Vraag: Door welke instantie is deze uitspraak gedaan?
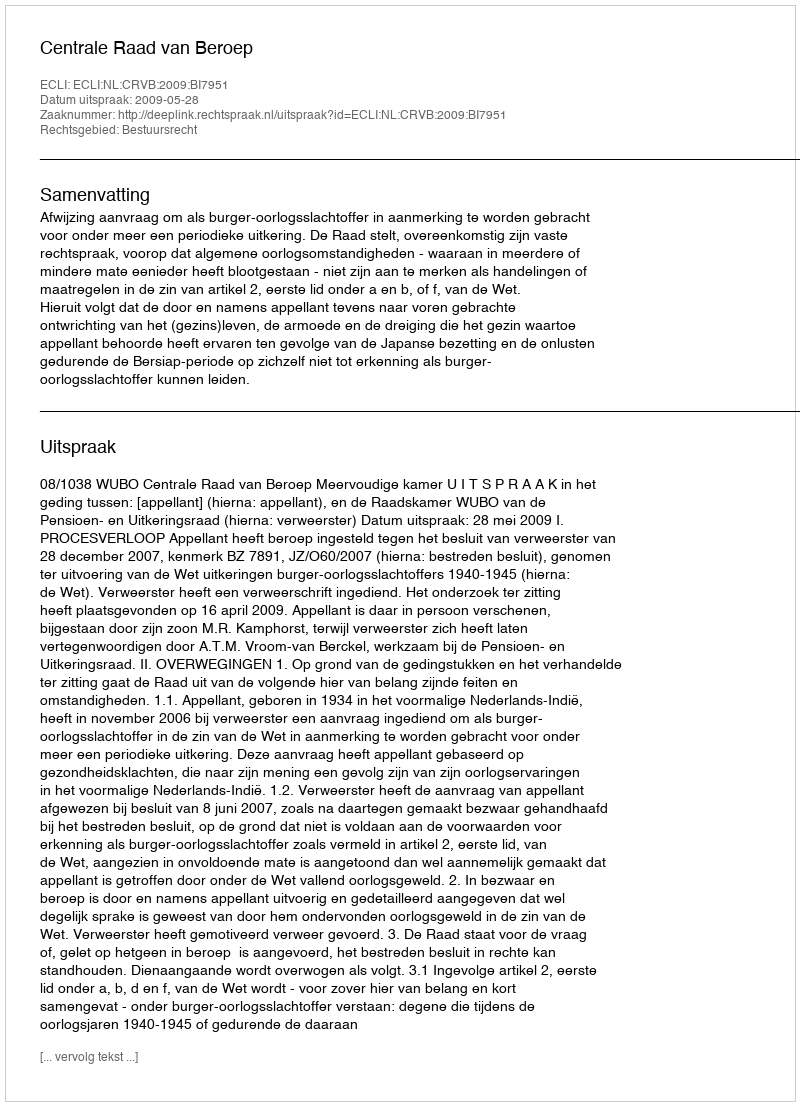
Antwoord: Centrale Raad van Beroep